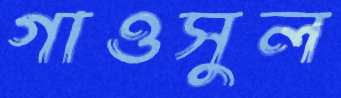
গাওসুল